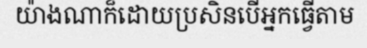
យ៉ាងណាក៏ដោយប្រសិនបើអ្នកធ្វើតាម